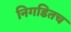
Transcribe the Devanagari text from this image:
निगडितच